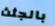
بالجثث